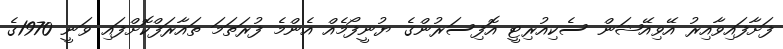
ފަށާފައިވާއިރު އޭވިއޭޝަން ސެކިއުރިޓީ އޮފިސަރުންގެ ޔުނީފޯމެއް އެންމެ ފުރަތަމަ ތައާރަފްކޮށްފައި ވަނީ 1970ގެ